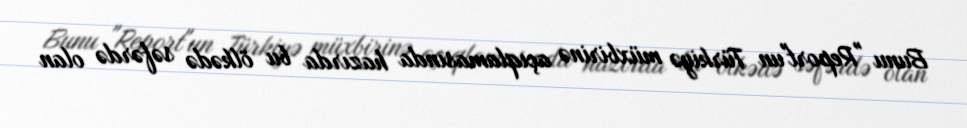
Bunu "Report"un Türkiyə müxbirinə açıqlamasında hazırda bu ölkədə səfərdə olan